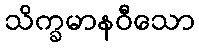
သိက္ခမာနဝီသော